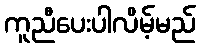
ကူညီပေးပါလိမ့်မည်